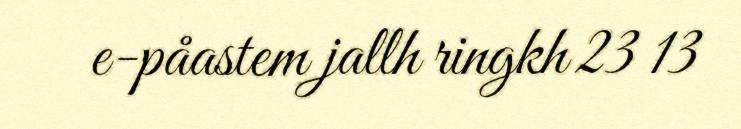
e-påastem jallh ringkh 23 13